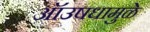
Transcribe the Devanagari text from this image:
ऑउषधामुळे